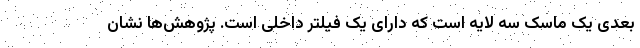
بعدی یک ماسک سه لایه است که دارای یک فیلتر داخلی است. پژوهش‌ها نشان